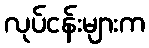
လုပ်ငန်းများက